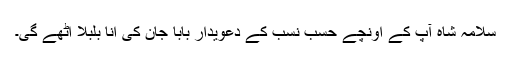
سلامہ شاہ آپ کے اونچے حسب نسب کے دعویدار بابا جان کی انا بلبلا اٹھے گی۔